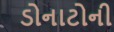
ડોનાટોની